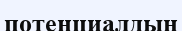
потенциалдың